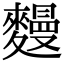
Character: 𪍩